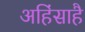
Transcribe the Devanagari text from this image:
अहिंसाहै